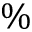
\%